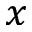
x